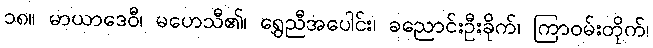
၁၈။ မာယာဒေဝီ၊ မဟေသီ၏၊ ရွှေညီအပေါင်း၊ ခညောင်းဦးခိုက်၊ ကြာဝမ်းတိုက်၊